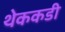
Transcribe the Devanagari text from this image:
थेककडी